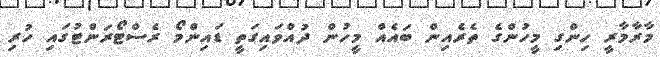
މާރާމާރީ ހިންގި މީހުންގެ ތެރެއިން ބައެއް މީހުން ދުއްވައިގަތީ ޑައިންމޯ ރެސްޓޯރަންޓުގައި ހުރި